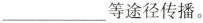
___等途径传播。